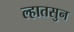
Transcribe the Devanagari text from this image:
ल्हातसुन